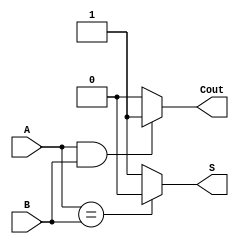
module halfbeh (
    input A,input B,output S,output Cout
);
reg S,Cout;
always @(A,B)
 begin
     if(A==B)
     S=0;
     else
     S=1;
     if(A&&B)
     Cout=1;
     else
     Cout=0;
 end
    
endmodule